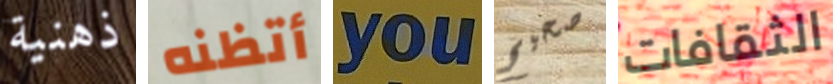
ذهنية أتظنه you صحيح الثقافات